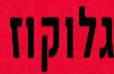
גלוקוז